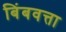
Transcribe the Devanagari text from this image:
बिंबवत्ता